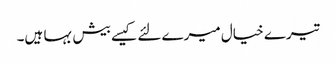
تیرے خیال میرے لئے کیسے بیش بہا ہیں۔